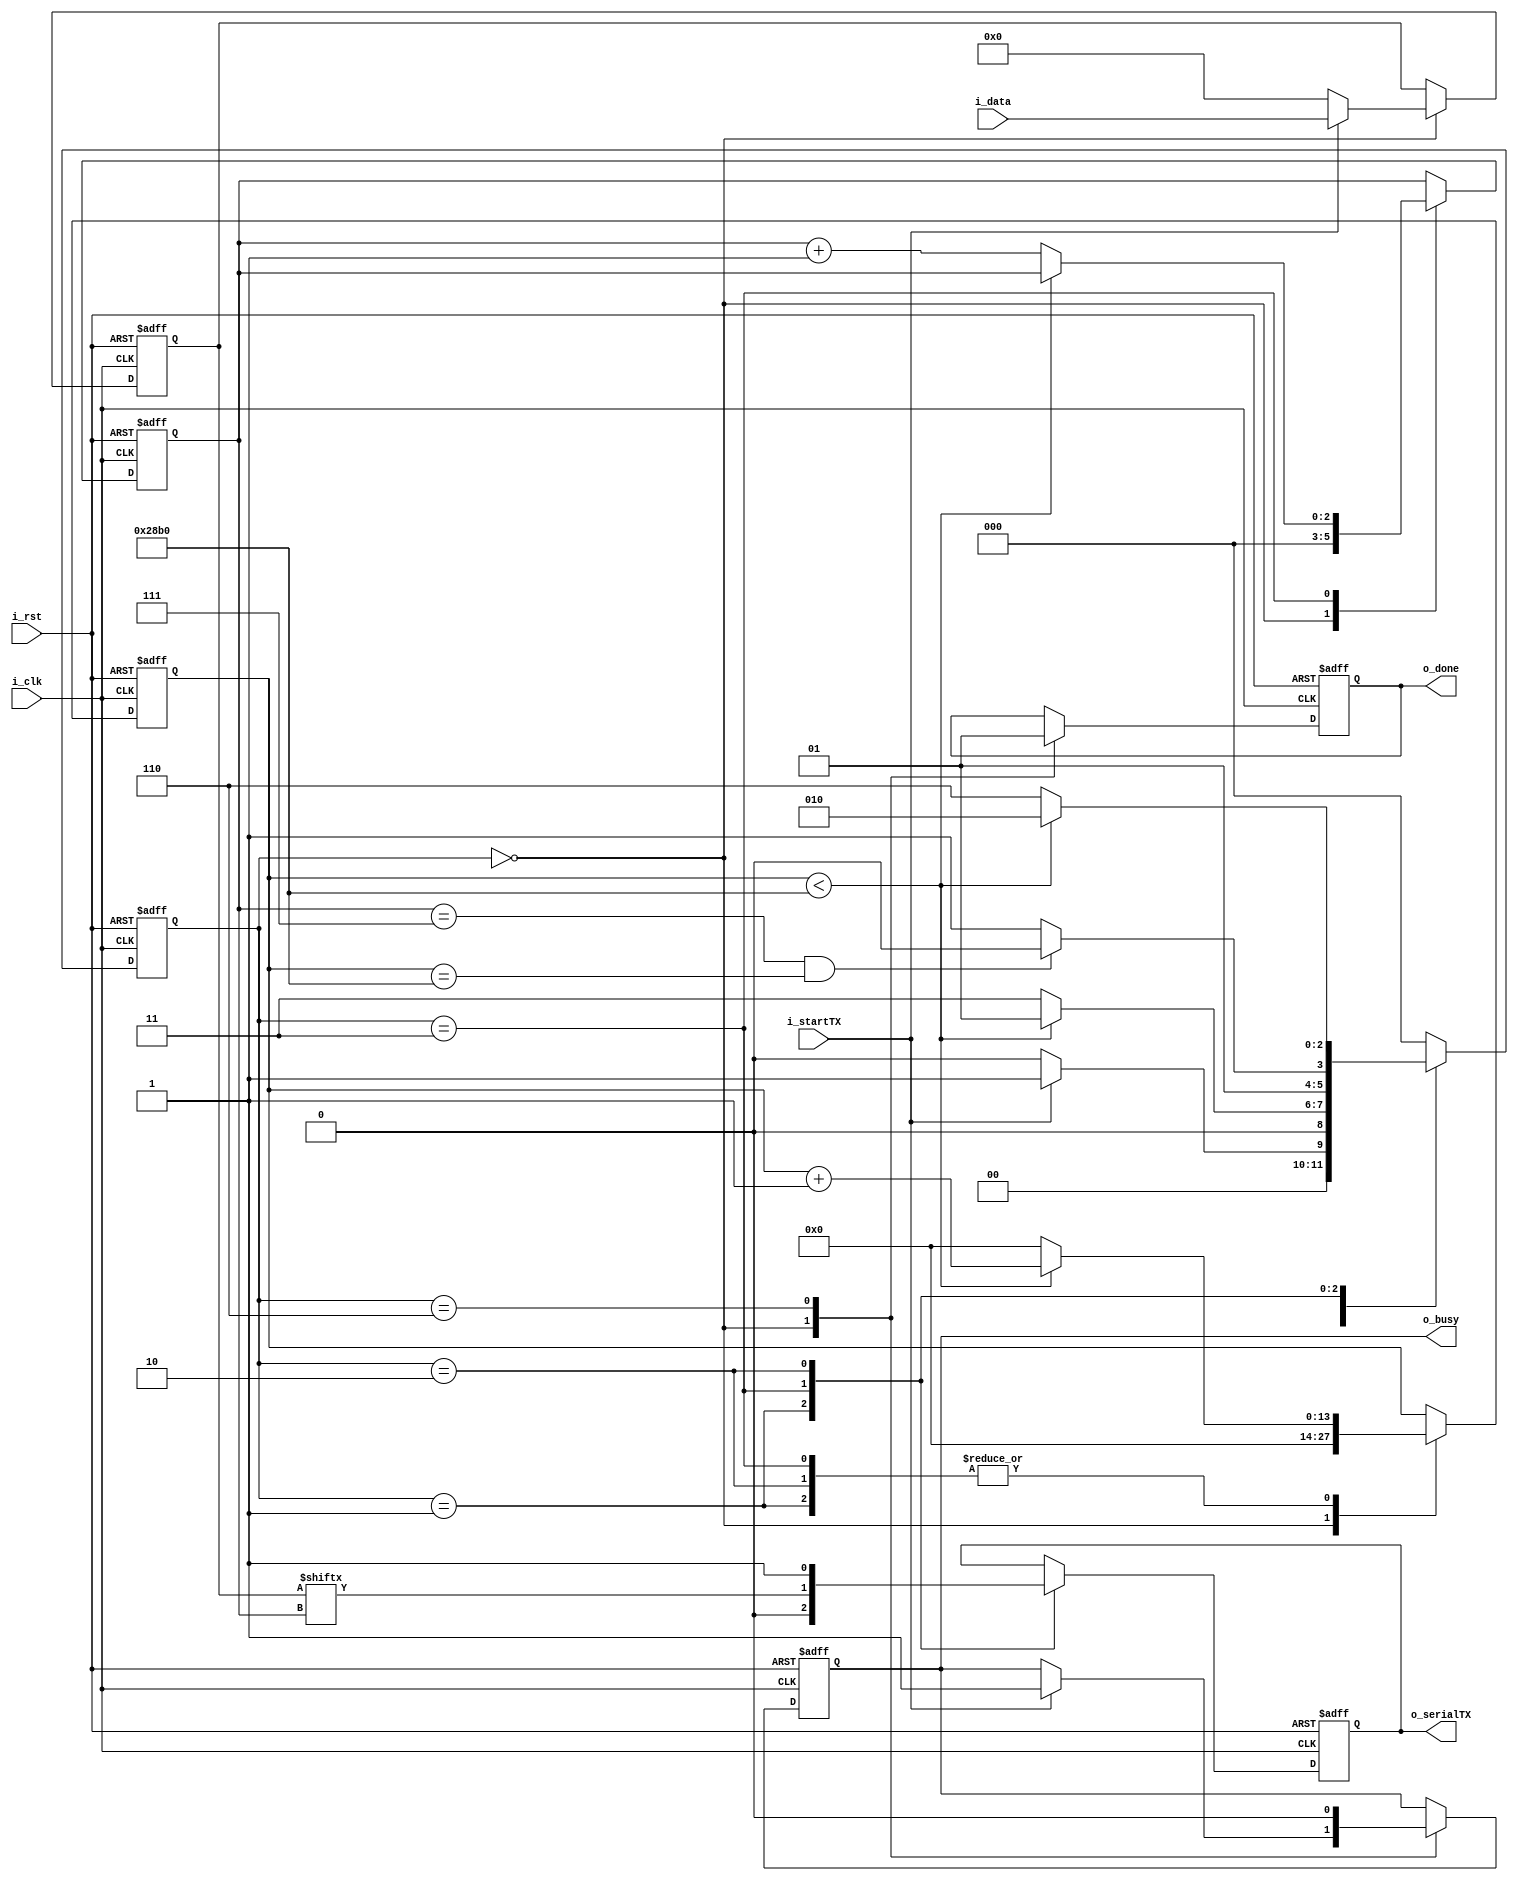
module uartTX
(
  i_clk,
  i_rst,
  i_data,
  i_startTX,
  o_busy,
  o_done,
  o_serialTX
);

  parameter CLK_DIVIDER = 10417;
  parameter NBITS_DIVIDER = 14;

  input i_clk;
  input i_rst;
  input [7:0] i_data;
  input i_startTX;
  output o_busy;
  output o_done;
  output o_serialTX;

  localparam IDLE = 3'b000;
  localparam TX_START_BIT = 3'b001;
  localparam TX_DATA_BITS = 3'b011;
  localparam TX_STOP_BIT = 3'b010;
  localparam DONE = 3'b110;

  reg [2:0] r_currentState;
  reg [2:0] r_nextState;
  reg [NBITS_DIVIDER-1:0] r_clkCounter;
  reg [2:0] r_txBitIdx;
  reg [7:0] r_txData;
  reg r_done;
  reg r_busy;
  reg r_bitTX;

  assign o_busy = r_busy;
  assign o_done = r_done;
  assign o_serialTX = r_bitTX;

  always @ (posedge i_clk or negedge i_rst) begin
    if (!i_rst) begin
      r_clkCounter <= {NBITS_DIVIDER{1'b0}};
      r_txBitIdx <= 3'b0;
      r_txData <= 8'b0;
      r_done <= 1'b0;
      r_busy <= 1'b0;
      r_bitTX <= 1'b1;
    end
    else begin
      case (r_currentState)
        IDLE: begin
          r_clkCounter <= {NBITS_DIVIDER{1'b0}};
          r_txBitIdx <= 4'b0;
          r_txData <= 8'b0;
          r_done <= 1'b0;
          if (i_startTX) begin
            r_txData <= i_data;
            r_busy = 1'b1;
          end
        end
        TX_START_BIT: begin
          r_bitTX <= 1'b0;
          if (r_clkCounter < CLK_DIVIDER-1) begin
            r_clkCounter <= r_clkCounter + 1'b1;
          end
          else begin
            r_clkCounter <= {NBITS_DIVIDER{1'b0}};
          end
        end
        TX_DATA_BITS: begin
          r_bitTX <= r_txData[r_txBitIdx];
          if (r_clkCounter < CLK_DIVIDER-1) begin
            r_clkCounter <= r_clkCounter + 1'b1;
          end
          else begin
            r_clkCounter <= {NBITS_DIVIDER{1'b0}};
            r_txBitIdx <= r_txBitIdx + 1'b1;
          end
        end
        TX_STOP_BIT: begin
          r_bitTX <= 1'b1;
          if (r_clkCounter < CLK_DIVIDER-1) begin
            r_clkCounter <= r_clkCounter + 1'b1;
          end
          else begin
            r_clkCounter <= {NBITS_DIVIDER{1'b0}};
          end
        end
        DONE: begin
          r_done <= 1'b1;
          r_busy <= 1'b0;
        end
        default: ;
      endcase
    end
  end

  always @ ( posedge i_clk or negedge i_rst ) begin
    if (!i_rst) begin
      r_currentState <= IDLE;
    end
    else begin
      r_currentState <= r_nextState;
    end
  end

  always @ ( * ) begin
    case (r_currentState)
      IDLE: begin
        if (i_startTX) begin
          r_nextState = TX_START_BIT;
        end
        else begin
          r_nextState = IDLE;
        end
      end
      TX_START_BIT: begin
        if (r_clkCounter < CLK_DIVIDER-1) begin
          r_nextState = TX_START_BIT;
        end
        else begin
          r_nextState = TX_DATA_BITS;
        end
      end
      TX_DATA_BITS: begin
        if (r_txBitIdx == 7 && r_clkCounter == CLK_DIVIDER-1) begin
            r_nextState = TX_STOP_BIT;
        end
        else begin
          r_nextState = TX_DATA_BITS;
        end
      end
      TX_STOP_BIT: begin
        if (r_clkCounter < CLK_DIVIDER-1) begin
          r_nextState = TX_STOP_BIT;
        end
        else begin
          r_nextState = DONE;
        end
      end
      DONE: begin
        r_nextState = IDLE;
      end
      default: begin
        r_nextState = IDLE;
      end
    endcase
  end

endmodule